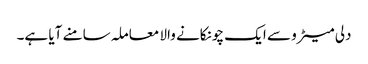
دلی میٹرو سے ایک چونکانے والا معاملہ سامنے آیا ہے۔